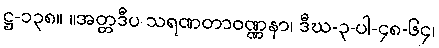
ဋ္ဌ-၁၃၈။ ။အတ္တဒီပ သရဏတာဝဏ္ဏနာ၊ ဒီဃ-၃-ပါ-၄၈-၆၄၊